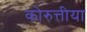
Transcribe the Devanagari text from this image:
कोरुत्तीया